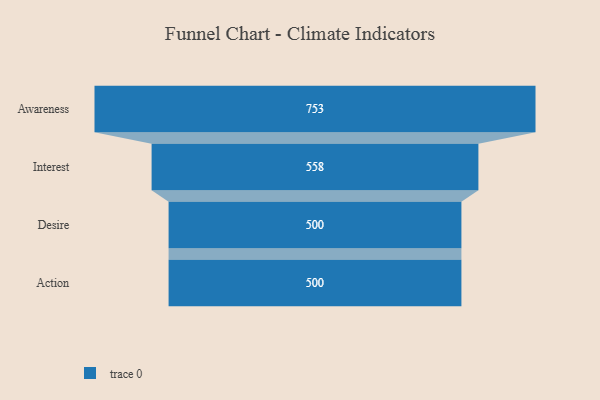
{"axis": {"x": "Stage", "y": "Value"}, "legend": [""], "data": [{"x": "Awareness", "y": 753.0, "type": ""}, {"x": "Interest", "y": 558.0, "type": ""}, {"x": "Desire", "y": 500, "type": ""}, {"x": "Action", "y": 500, "type": ""}]}